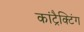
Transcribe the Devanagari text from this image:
कांट्रैक्टिंग